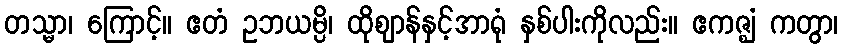
တသ္မာ၊ ကြောင့်။ ဧတံ ဥဘယမ္ပိ၊ ထိုဈာန်နှင့်အာရုံ နှစ်ပါးကိုလည်း။ ဧကဇ္ဈံ ကတွာ၊